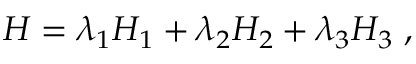
H = \lambda _ { 1 } H _ { 1 } + \lambda _ { 2 } H _ { 2 } + \lambda _ { 3 } H _ { 3 } \; ,